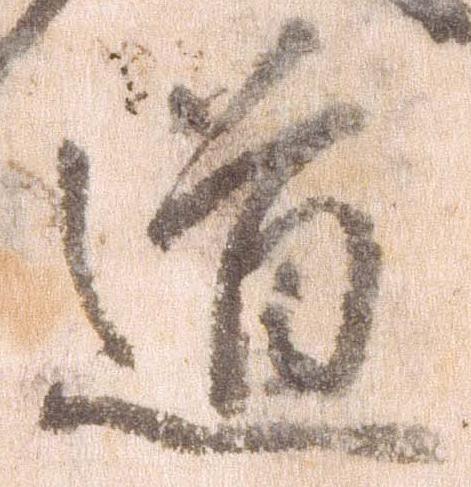
道